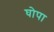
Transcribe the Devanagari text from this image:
घोपा